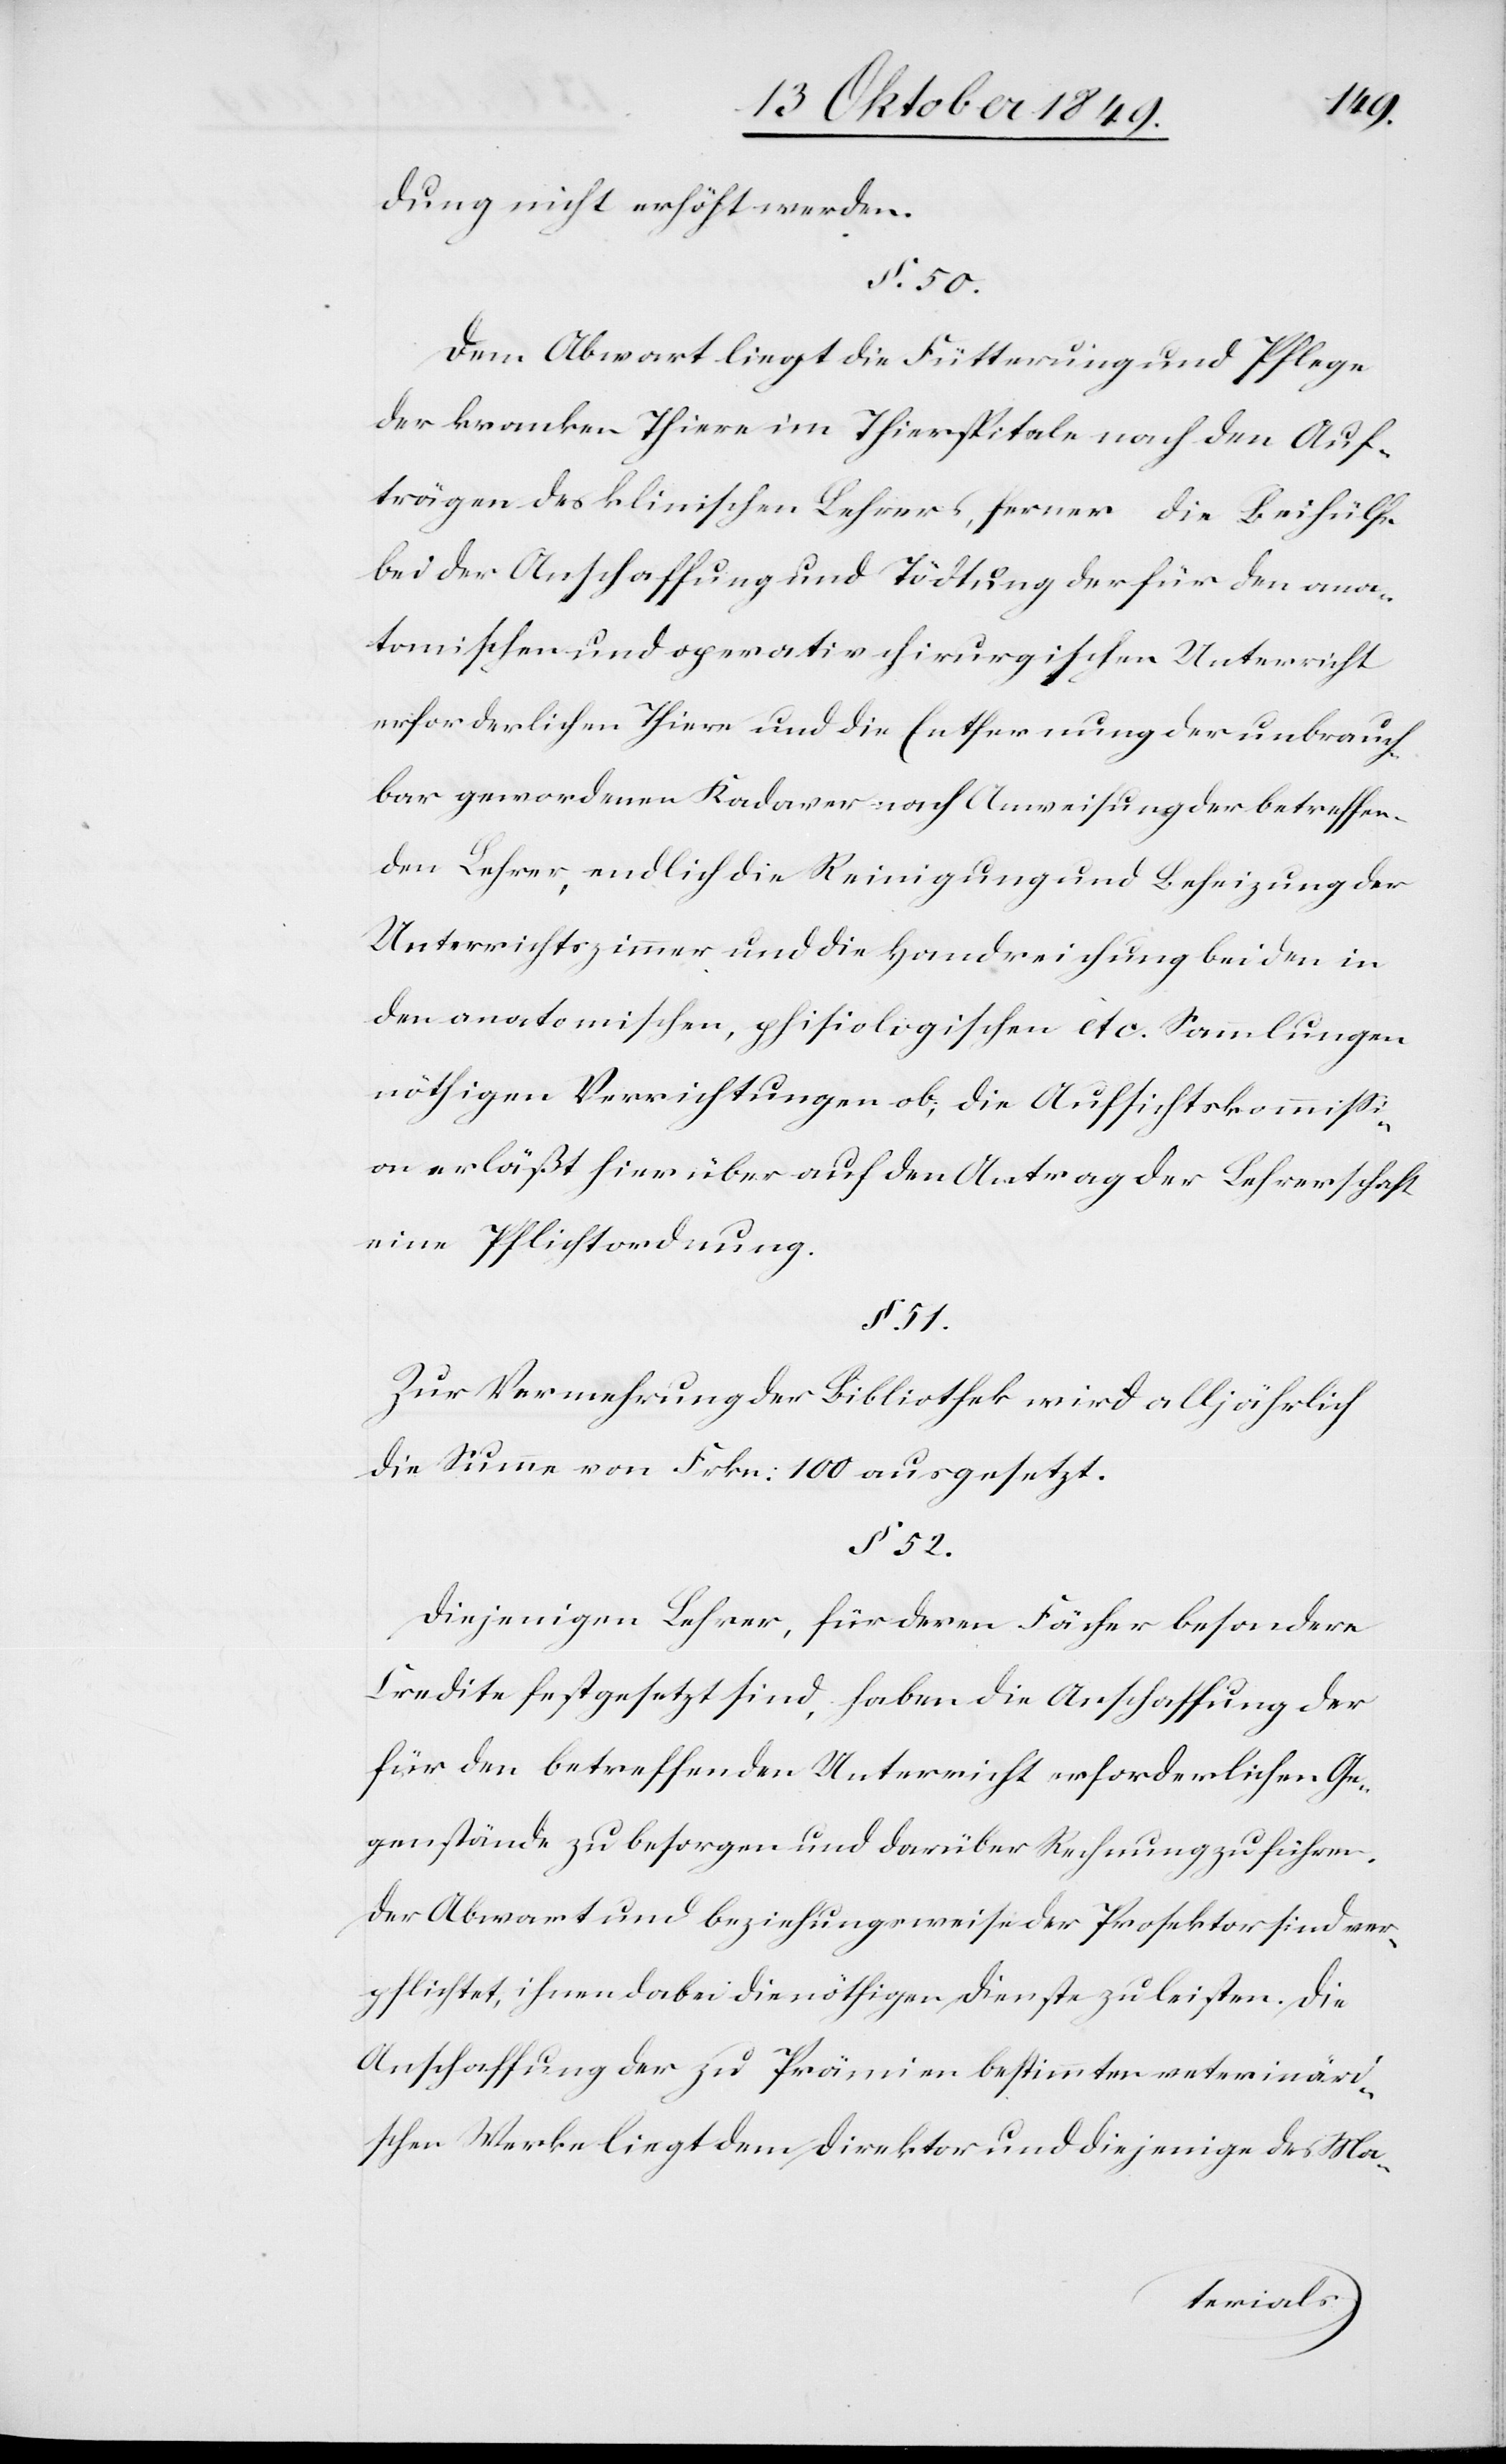
dung nicht erhöht werden.
§ 50.
Dem Abwart liegt die Fütterung und Pflege
der kranken Thiere im Thierspitale nach den Auf¬
trägen des klinischen Lehrers, ferner die Beihülfe
bei der Anschaffung und Tödtung der für den ana¬
tomischen und operativ chirurgischen Unterricht
erforderlichen Thiere und die Entfernung der unbrauch¬
bar gewordenen Kadaver nach Anweisung der betreffen¬
den Lehrer, endlich die Reinigung und Beheizung der
Unterrichtszimmer und die Handreinigung bei den in
den anatomischen, phisiologischen etc. Sammlungen
nöthigen Verrichtungen ob; die Aufsichtskommißi¬
on erläßt hierüber auf den Antrag der Lehrerschaft
eine Pflichtordnung.
§ 51.
Zur Vermehrung der Bibliothek wird alljährlich
die Summe von Frkn. 100 ausgesetzt.
§ 52.
Diejenigen Lehrer, für deren Fächer besondere
Credite festgesetzt sind, haben die Anschaffung der
für den betreffenden Unterricht erforderlichen Ge¬
genstände zu besorgen und darüber Rechnung zu führen.
Der Abwart und beziehungsweise der Prosektor sind ver¬
pflichtet, ihnen dabei die nöthigen Dienste zu leisten. Die
Anschaffung der zu Prämien bestimmten veterinäri¬
schen Werke liegt dem Direktor und diejenige des Ma-